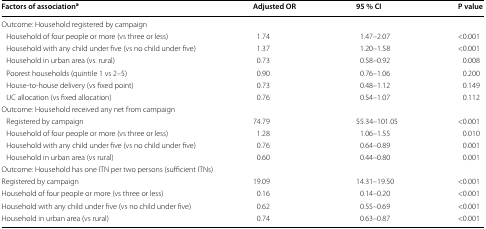
<table><thead><tr><td><b>Factors of association<sup>a</sup></b></td><td><b>Adjusted OR</b></td><td><b>95 % CI</b></td><td><b>P value</b></td></tr></thead><tbody><tr><td colspan="4">Outcome: Household registered by campaign</td></tr><tr><td> Household of four people or more (vs three or less)</td><td>1.74</td><td>1.47–2.07</td><td>&lt;0.001</td></tr><tr><td> Household with any child under five (vs no child under five)</td><td>1.37</td><td>1.20–1.58</td><td>&lt;0.001</td></tr><tr><td> Household in urban area (vs. rural)</td><td>0.73</td><td>0.58–0.92</td><td>0.008</td></tr><tr><td> Poorest households (quintile 1 vs 2–5)</td><td>0.90</td><td>0.76–1.06</td><td>0.200</td></tr><tr><td> House-to-house delivery (vs fixed point)</td><td>0.73</td><td>0.48–1.12</td><td>0.149</td></tr><tr><td> UC allocation (vs fixed allocation)</td><td>0.76</td><td>0.54–1.07</td><td>0.112</td></tr><tr><td colspan="4">Outcome: Household received any net from campaign</td></tr><tr><td> Registered by campaign</td><td>74.79</td><td>55.34–101.05</td><td>&lt;0.001</td></tr><tr><td> Household of four people or more (vs three or less)</td><td>1.28</td><td>1.06–1.55</td><td>0.010</td></tr><tr><td> Household with any child under five (vs no child under five)</td><td>0.76</td><td>0.64–0.89</td><td>0.001</td></tr><tr><td> Household in urban area (vs rural)</td><td>0.60</td><td>0.44–0.80</td><td>0.001</td></tr><tr><td colspan="4">Outcome: Household has one ITN per two persons (sufficient ITNs)</td></tr><tr><td>Registered by campaign</td><td>19.09</td><td>14.31–19.50</td><td>&lt;0.001</td></tr><tr><td>Household of four people or more (vs three or less)</td><td>0.16</td><td>0.14–0.20</td><td>&lt;0.001</td></tr><tr><td>Household with any child under five (vs no child under five)</td><td>0.62</td><td>0.55–0.69</td><td>&lt;0.001</td></tr><tr><td>Household in urban area (vs rural)</td><td>0.74</td><td>0.63–0.87</td><td>&lt;0.001</td></tr></tbody></table>